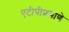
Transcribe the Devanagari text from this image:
एटीपीप्रमाणे